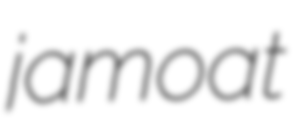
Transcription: jamoat